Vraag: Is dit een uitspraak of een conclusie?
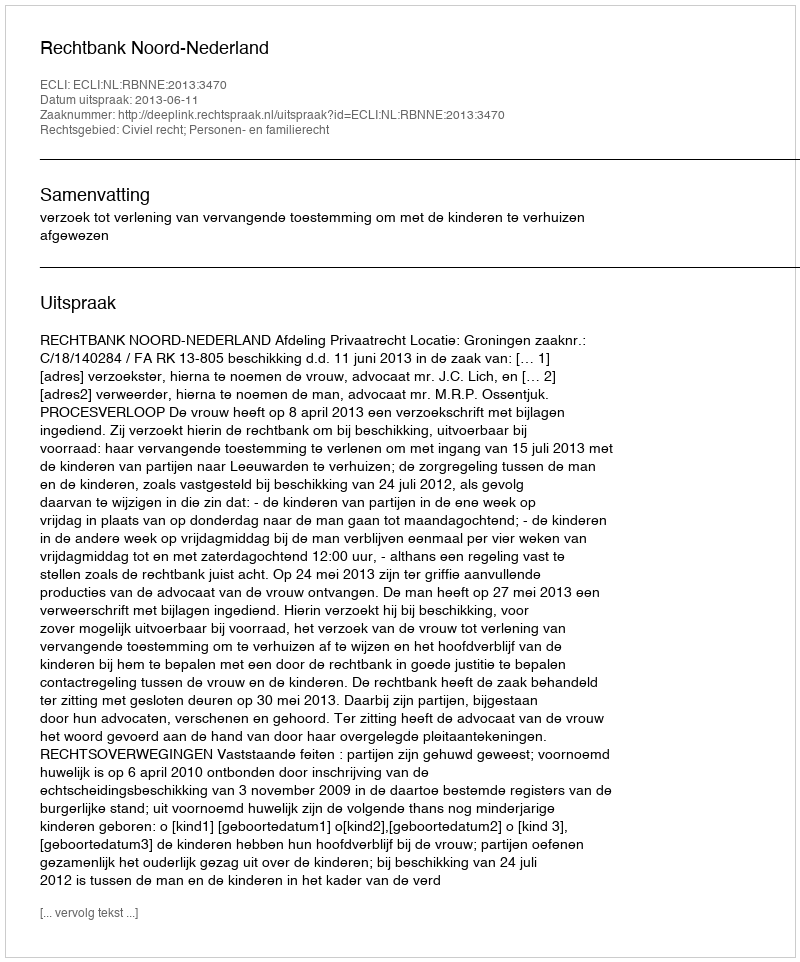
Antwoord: Uitspraak